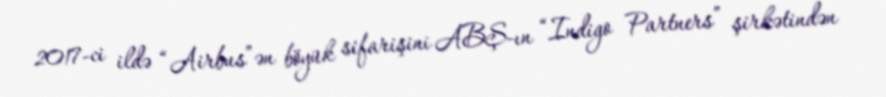
2017-ci ildə “Airbus”ən böyük sifarişini ABŞ-ın “Indigo Partners” şirkətindən